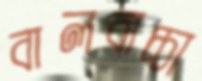
বালবাচ্চা